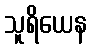
သူရိယေန